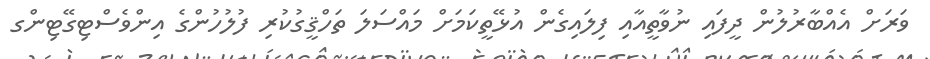
ވަރަށް އެއްބާރުލުން ދީފައި ނުވާތީއާއި ފިލައިގެން އުޅޭތީކަމަށް މައްސަލަ ތަހްޤީގުކުރި ފުލުހުންގެ އިންވެސްޓިގޭޓިންގ